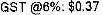
GST @6%: $0.37